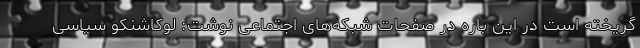
گریخته است در این باره در صفحات شبکه‌های اجتماعی نوشت: لوکاشنکو سیاسی